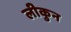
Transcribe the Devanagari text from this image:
लीकुन